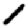
Digit: 1